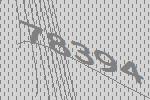
78394